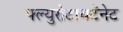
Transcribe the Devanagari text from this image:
फ्ल्युरोटायटॅनेट